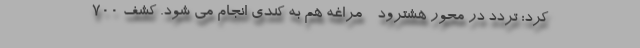
کرد: تردد در محور هشترود - مراغه هم به کندی انجام می شود. کشف ۷۰۰